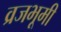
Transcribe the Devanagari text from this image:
व्रजभूमी